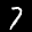
Label: 7